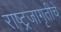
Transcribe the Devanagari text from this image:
राष्ट्रजागृतीचे